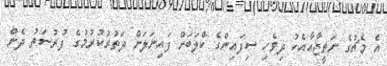
އެ މެޗުގެ ނަތީޖާއާއެކު ދިވެހި ސިފައިންގެ ކްލަބަށް ފައިނަލަށް ދަތުރުކުރުމުގެ ފުރުސަތު ދެން